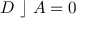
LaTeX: D ~ \rfloor ~ A = 0